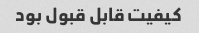
کیفیت قابل قبول بود